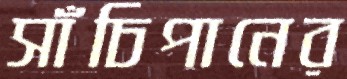
সাঁচিপানের